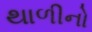
થાળીનો